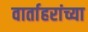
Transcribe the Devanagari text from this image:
वार्ताहरांच्या